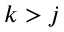
k > j